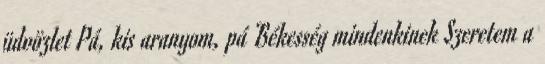
üdvözlet Pá, kis aranyom, pá Békesség mindenkinek Szeretem a